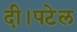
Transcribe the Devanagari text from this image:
दी।पटेल